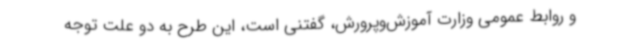
و روابط عمومی وزارت آموزش‌وپرورش، گفتنی است، این طرح به دو علت توجه